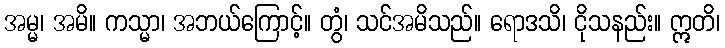
အမ္မ၊ အမိ။ ကသ္မာ၊ အဘယ်ကြောင့်။ တွံ၊ သင်အမိသည်။ ရောဒသိ၊ ငိုသနည်း။ ဣတိ၊